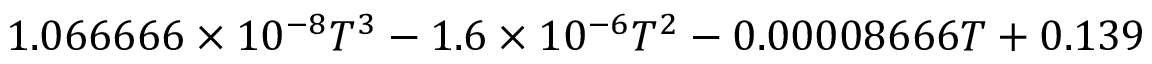
1 . 0 6 6 6 6 6 \times 1 0 ^ { - 8 } T ^ { 3 } - 1 . 6 \times 1 0 ^ { - 6 } T ^ { 2 } - 0 . 0 0 0 0 8 6 6 6 T + 0 . 1 3 9